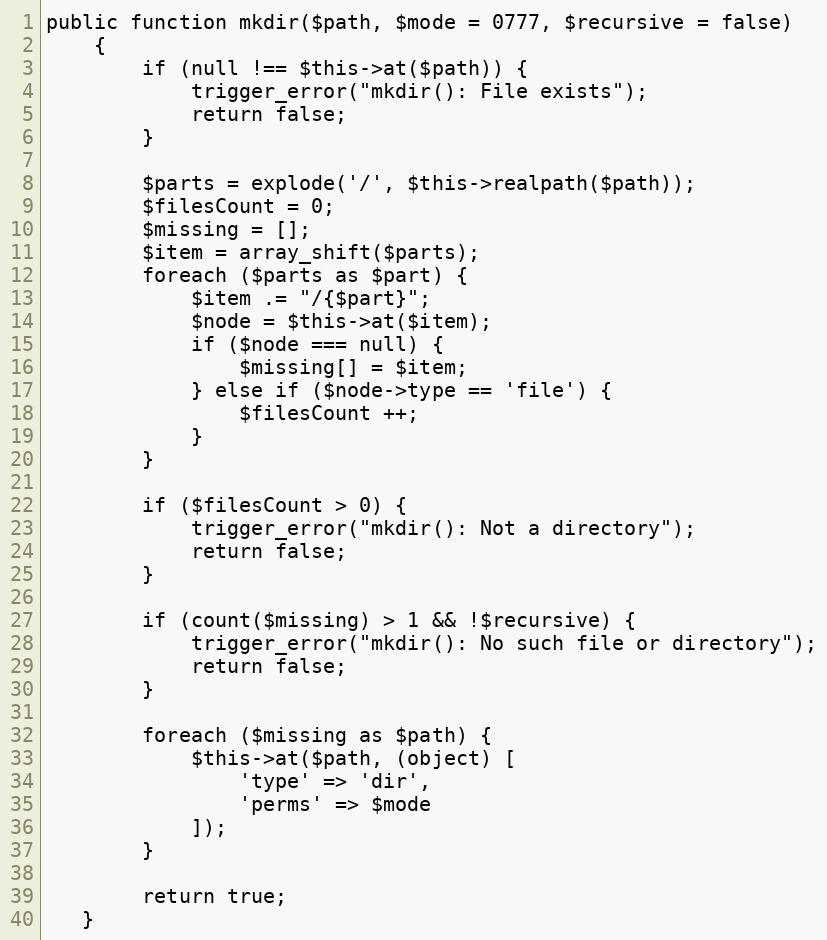
Language: PHP
public function mkdir($path, $mode = 0777, $recursive = false)
    {
        if (null !== $this->at($path)) {
            trigger_error("mkdir(): File exists");
            return false;
        }

        $parts = explode('/', $this->realpath($path));
        $filesCount = 0;
        $missing = [];
        $item = array_shift($parts);
        foreach ($parts as $part) {
            $item .= "/{$part}";
            $node = $this->at($item);
            if ($node === null) {
                $missing[] = $item;
            } else if ($node->type == 'file') {
                $filesCount ++;
            }
        }

        if ($filesCount > 0) {
            trigger_error("mkdir(): Not a directory");
            return false;
        }

        if (count($missing) > 1 && !$recursive) {
            trigger_error("mkdir(): No such file or directory");
            return false;
        }

        foreach ($missing as $path) {
            $this->at($path, (object) [
                'type' => 'dir',
                'perms' => $mode
            ]);
        }

        return true;
   }